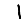
Digit: 1